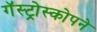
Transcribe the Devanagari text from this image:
गॅस्ट्रोस्कोपने